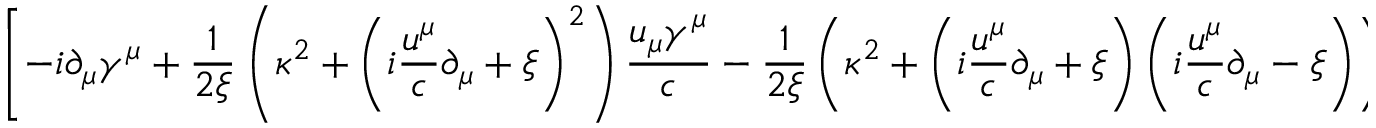
\left[ - i \partial _ { \mu } \gamma ^ { \mu } + \frac { 1 } { 2 \xi } \left( \kappa ^ { 2 } + \left( i \frac { u ^ { \mu } } { c } \partial _ { \mu } + \xi \right) ^ { 2 } \right) \frac { u _ { \mu } \gamma ^ { \mu } } { c } - \frac { 1 } { 2 \xi } \left( \kappa ^ { 2 } + \left( i \frac { u ^ { \mu } } { c } \partial _ { \mu } + \xi \right) \left( i \frac { u ^ { \mu } } { c } \partial _ { \mu } - \xi \right) \right) I \right] \psi ( x ) = 0